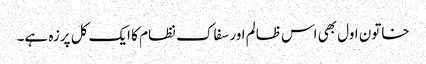
خاتون اول بھی اس ظالم اور سفاک نظام کا ایک کل پرزہ ہے۔